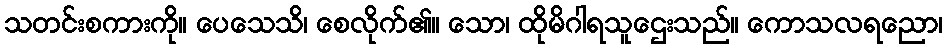
သတင်းစကားကို။ ပေသေသိ၊ စေလိုက်၏။ သော၊ ထိုမိဂါရသူဌေးသည်။ ကောသလရညော၊